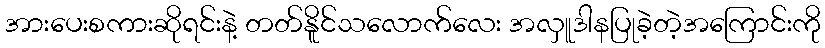
အားပေးစကားဆိုရင်းနဲ့ တတ်နိူင်သလောက်လေး အလှူဒါနပြုခဲ့တဲ့အကြောင်းကို